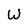
Character: W